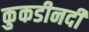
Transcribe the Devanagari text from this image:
कुकडीनदी